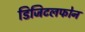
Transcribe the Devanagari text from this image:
डिजिटलफोन